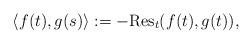
LaTeX: \begin{align*}\langle f(t), g(s)\rangle:= -\mathrm{Res}_t(f(t),g(t)),\end{align*}